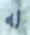
له